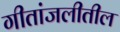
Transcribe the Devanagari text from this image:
गीतांजलीतील